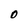
Character: O